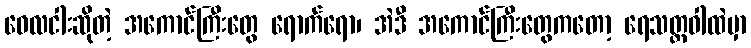
ဝေလငါးဆိုတဲ့ အကောင်ကြီးတွေ ရောက်ရော၊ အဲဒီ အကောင်ကြီးတွေကတော့ ရေသတ္တဝါထဲမှာ